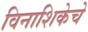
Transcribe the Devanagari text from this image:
विनाशिकेचे